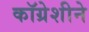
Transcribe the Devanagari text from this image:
कॉग्रेशीने